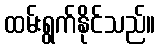
ထမ်းရွက်နိုင်သည်။